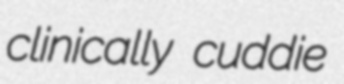
clinically cuddie